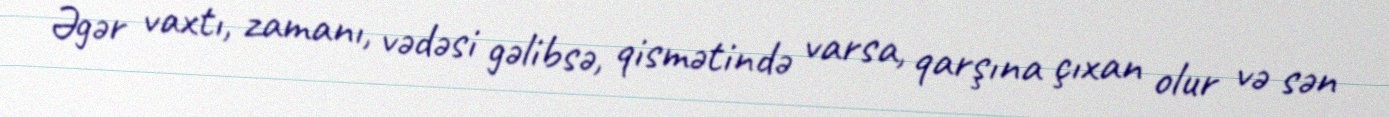
Əgər vaxtı, zamanı, vədəsi gəlibsə, qismətində varsa, qarşına çıxan olur və sən